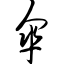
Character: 伞